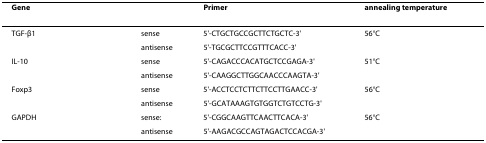
<table><thead><tr><td colspan="2"><b>Gene</b></td><td><b>Primer</b></td><td><b>annealing temperature</b></td></tr></thead><tbody><tr><td>TGF-β1</td><td>sense</td><td>5&#x27;-CTGCTGCCGCTTCTGCTC-3&#x27;</td><td>56°C</td></tr><tr><td></td><td>antisense</td><td>5&#x27;-TGCGCTTCCGTTTCACC-3&#x27;</td><td></td></tr><tr><td>IL-10</td><td>sense</td><td>5&#x27;-CAGACCCACATGCTCCGAGA-3&#x27;</td><td>51°C</td></tr><tr><td></td><td>antisense</td><td>5&#x27;-CAAGGCTTGGCAACCCAAGTA-3&#x27;</td><td></td></tr><tr><td>Foxp3</td><td>sense</td><td>5&#x27;-ACCTCCTCTTCTTCCTTGAACC-3&#x27;</td><td>56°C</td></tr><tr><td></td><td>antisense</td><td>5&#x27;-GCATAAAGTGTGGTCTGTCCTG-3&#x27;</td><td></td></tr><tr><td>GAPDH</td><td>sense:</td><td>5&#x27;-CGGCAAGTTCAACTTCACA-3&#x27;</td><td>56°C</td></tr><tr><td></td><td>antisense</td><td>5&#x27;-AAGACGCCAGTAGACTCCACGA-3&#x27;</td><td></td></tr></tbody></table>